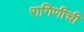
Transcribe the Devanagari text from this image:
रागिणीची